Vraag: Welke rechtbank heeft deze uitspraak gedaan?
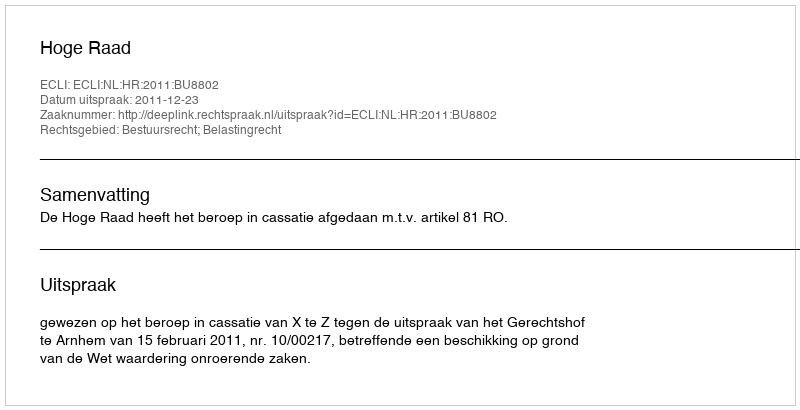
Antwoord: Hoge Raad